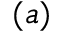
( a )